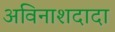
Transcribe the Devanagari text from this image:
अविनाशदादा